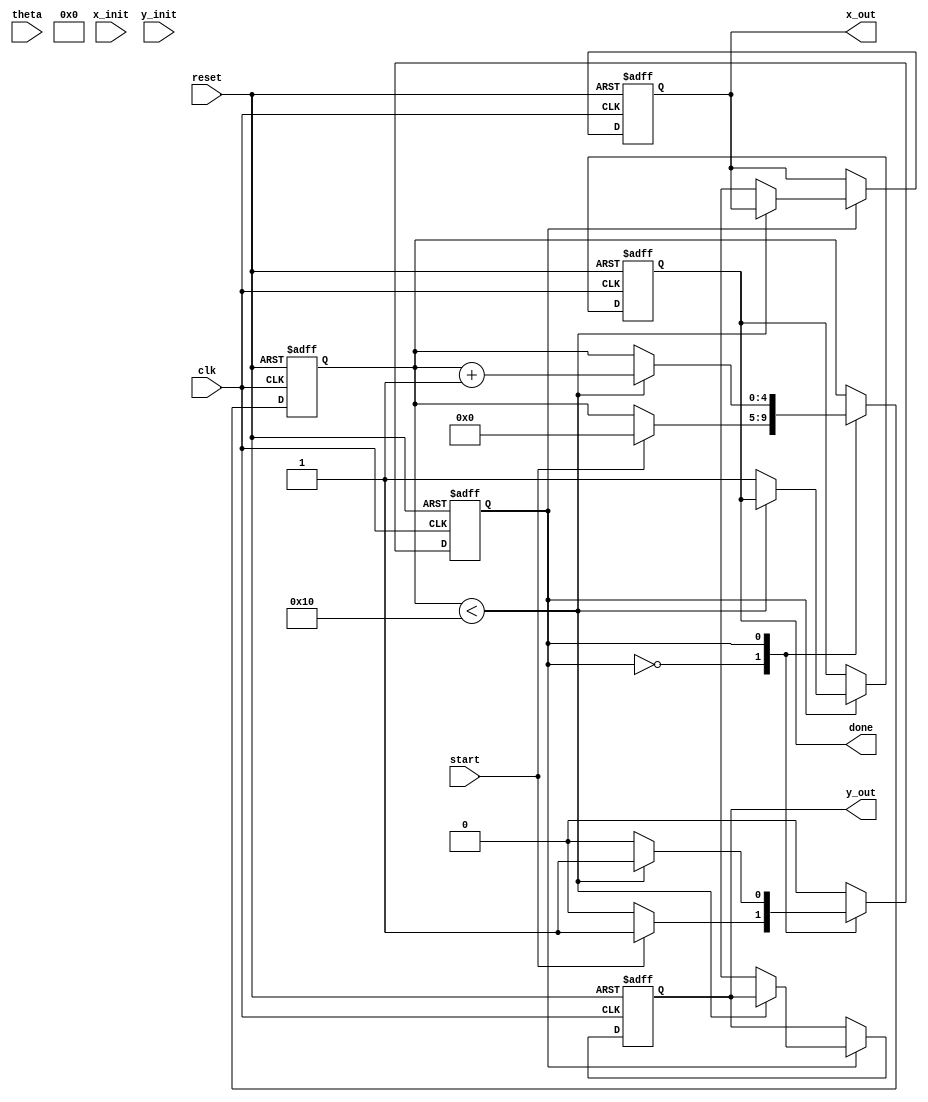
module cordic_rotational #(
    parameter N = 16,          // Number of iterations
    parameter WIDTH = 16,      // Bit-width of input and output
    parameter SCALING_FACTOR = 16'h26DD  // Scaling factor for 16 iterations (approx 0.607)
)(
    input wire clk,
    input wire reset,
    input wire start,
    input wire signed [WIDTH-1:0] theta,  // Angle in fixed-point format
    input wire signed [WIDTH-1:0] x_init,  // Initial x vector
    input wire signed [WIDTH-1:0] y_init,  // Initial y vector
    output reg signed [WIDTH-1:0] x_out,    // Final x (cosine)
    output reg signed [WIDTH-1:0] y_out,    // Final y (sine)
    output reg done
);

    // Internal registers
    reg signed [WIDTH-1:0] x [0:N-1];  // x registers for each iteration
    reg signed [WIDTH-1:0] y [0:N-1];  // y registers for each iteration
    reg signed [WIDTH-1:0] angle [0:N-1]; // Pre-computed atan values
    reg [4:0] iteration;                // Iteration counter
    reg signed [WIDTH-1:0] theta_reg;   // Register for theta
    reg state;                          // FSM state

    // Precomputed arctangent values (atan(2^-i)) for N iterations
    initial begin
        angle[0] = 16'h1C71; // atan(2^0)
        angle[1] = 16'h0D9E; // atan(2^-1)
        angle[2] = 16'h05A8; // atan(2^-2)
        angle[3] = 16'h0286; // atan(2^-3)
        angle[4] = 16'h0143; // atan(2^-4)
        angle[5] = 16'h00A2; // atan(2^-5)
        angle[6] = 16'h0051; // atan(2^-6)
        angle[7] = 16'h0028; // atan(2^-7)
        angle[8] = 16'h0014; // atan(2^-8)
        angle[9] = 16'h000A; // atan(2^-9)
        angle[10] = 16'h0005; // atan(2^-10)
        angle[11] = 16'h0002; // atan(2^-11)
        angle[12] = 16'h0001; // atan(2^-12)
        angle[13] = 16'h0001; // atan(2^-13)
        angle[14] = 16'h0000; // atan(2^-14)
        angle[15] = 16'h0000; // atan(2^-15)
    end

    // State machine for CORDIC execution
    always @(posedge clk or posedge reset) begin
        if (reset) begin
            x_out <= 0;
            y_out <= 0;
            done <= 0;
            iteration <= 0;
            state <= 0;
        end else begin
            case (state)
                0: begin // Initialization state
                    if (start) begin
                        x[0] <= x_init;
                        y[0] <= y_init;
                        theta_reg <= theta;
                        iteration <= 0;
                        state <= 1; // Move to iteration state
                    end
                end
                1: begin // Iteration state
                    if (iteration < N) begin
                        if (theta_reg < 0) begin
                            // Rotate clockwise
                            x[iteration + 1] <= x[iteration] + (y[iteration] >>> iteration);
                            y[iteration + 1] <= y[iteration] - (x[iteration] >>> iteration);
                            theta_reg <= theta_reg + angle[iteration];
                        end else begin
                            // Rotate counterclockwise
                            x[iteration + 1] <= x[iteration] - (y[iteration] >>> iteration);
                            y[iteration + 1] <= y[iteration] + (x[iteration] >>> iteration);
                            theta_reg <= theta_reg - angle[iteration];
                        end
                        iteration <= iteration + 1;
                    end else begin
                        // Final scaling
                        x_out <= x[N] * SCALING_FACTOR >>> (N - 1);
                        y_out <= y[N] * SCALING_FACTOR >>> (N - 1);
                        done <= 1;
                        state <= 0; // Go back to initialization state
                    end
                end
            endcase
        end
    end

endmodule